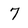
Character: 7